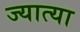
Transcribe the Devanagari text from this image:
ज्यात्या